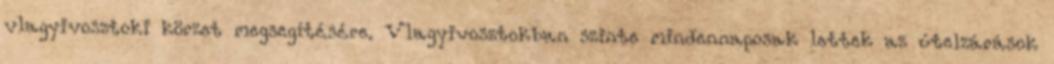
vlagyivosztoki körzet megsegítésére. Vlagyivosztokban szinte mindennaposak lettek az útelzárások